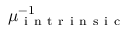
\mu _ { \mathrm { ~ i ~ n ~ t ~ r ~ i ~ n ~ s ~ i ~ c ~ } } ^ { - 1 }